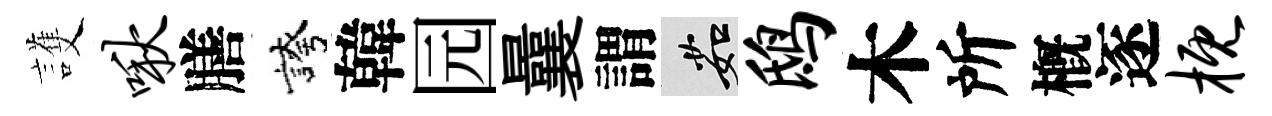
護啾膳誇韓园曩謂茹鸱木所槪逐概